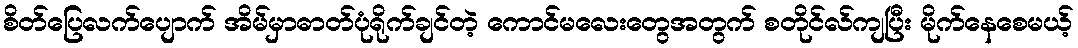
စိတ်ပြေလက်ပျောက် အိမ်မှာဓာတ်ပုံရိုက်ချင်တဲ့ ကောင်မလေးတွေအတွက် စတိုင်လ်ကျပြီး မိုက်နေစေမယ့်